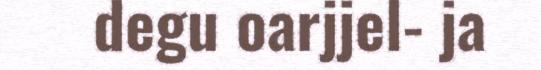
degu oarjjel- ja